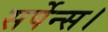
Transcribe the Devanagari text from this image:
सर्पेन्स।